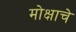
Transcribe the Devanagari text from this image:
मोक्षाचे